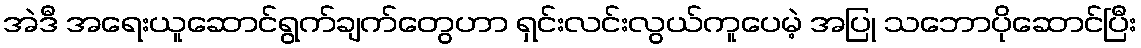
အဲဒီ အရေးယူဆောင်ရွက်ချက်တွေဟာ ရှင်းလင်းလွယ်ကူပေမဲ့ အပြု သဘောပိုဆောင်ပြီး